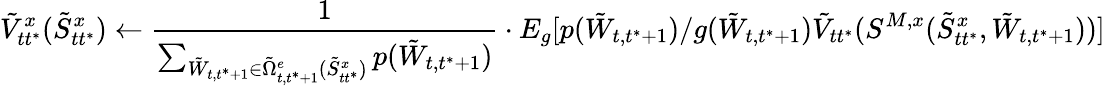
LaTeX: \tilde{V}_{tt^{*}}^{x}(\tilde{S}_{tt^{*}}^{x})\leftarrow\frac{1}{\sum_{\tilde{W}_{t,t^{*}+1}\in\tilde{\Omega}_{t,t^{*}+1}^{e}(\tilde{S}_{tt^{*}}^{x})}p(\tilde{W}_{t,t^{*}+1})}\cdot E_{g}[p(\tilde{W}_{t,t^{*}+1})/g(\tilde{W}_{t,t^{*}+1})\tilde{V}_{tt^{*}}(S^{M,x}(\tilde{S}_{tt^{*}}^{x},{\tilde{W}_{t,t^{*}+1}}))]